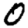
Digit: 0